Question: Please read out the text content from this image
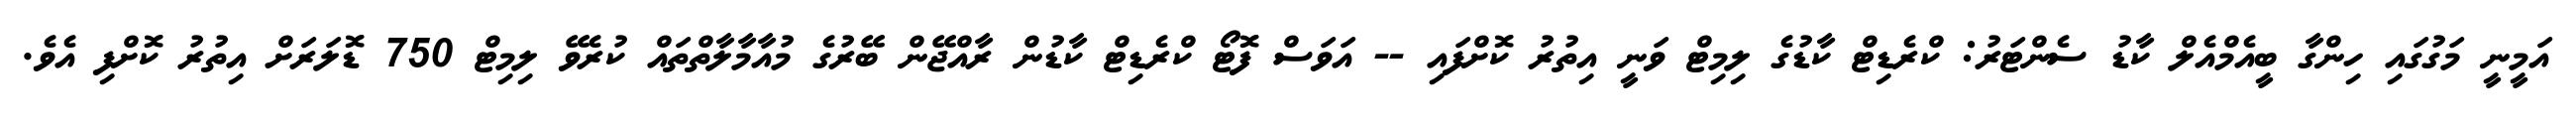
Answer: އަމީނީ މަގުގައި ހިންގާ ބީއެމްއެލް ކާޑު ސެންޓަރު: ކްރެޑިޓް ކާޑުގެ ލިމިޓް ވަނީ އިތުރު ކޮށްފައި -- އަވަސް ފޮޓޯ ކްރެޑިޓް ކާޑުން ރާއްޖޭން ބޭރުގެ މުއާމާލާތްތައް ކުރެވޭ ލިމިޓް 750 ޑޮލަރަށް އިތުރު ކޮށްފި އެވެ.